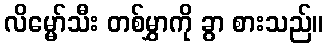
လိမ္မော်သီး တစ်မွှာကို ခွာ စားသည်။